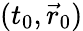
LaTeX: (t_{0},\vec{r}_{0})